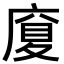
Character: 𪪜